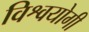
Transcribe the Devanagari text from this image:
विश्वयोगी